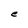
Character: e